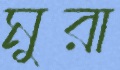
মুরা